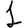
Digit: 1